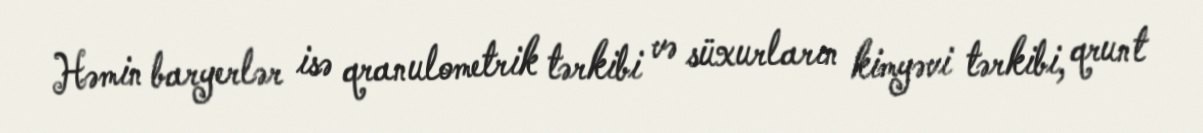
Həmin baryerlər isə qranulometrik tərkibi və süxurların kimyəvi tərkibi, qrunt